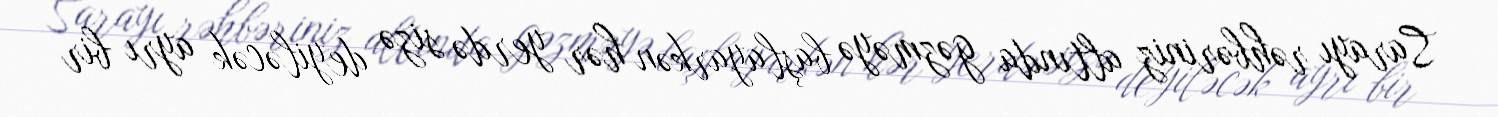
Sarayı rəhbəriniz altında gəzməyə başlayarkən hər yerdə sizə deyiləcək ayrı bir